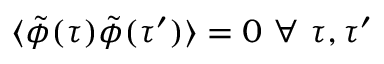
\langle \tilde { \phi } ( \tau ) \tilde { \phi } ( \tau ^ { \prime } ) \rangle = 0 \mathrm { ~ } \forall \mathrm { ~ } \tau , \tau ^ { \prime }